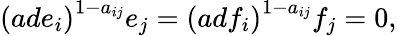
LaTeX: \left(ade_{i}\right)^{1-a_{ij}}e_{j}=\left(adf_{i}\right)^{1-a_{ij}}f_{j}=0,